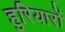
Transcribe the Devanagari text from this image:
हुरियारों